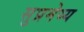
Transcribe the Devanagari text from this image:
सुप्रमेय्य